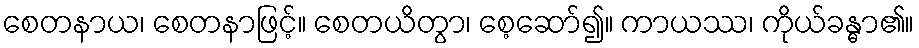
စေတနာယ၊ စေတနာဖြင့်။ စေတယိတွာ၊ စေ့ဆော်၍။ ကာယဿ၊ ကိုယ်ခန္ဓာ၏။